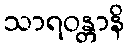
သာရဝန္တာနိ